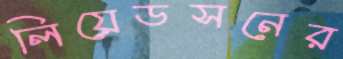
লিয়েডসনের